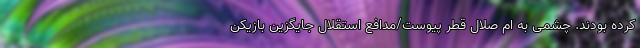
کرده بودند. چشمی به ام صلال قطر پیوست/مدافع استقلال جایگزین بازیکن